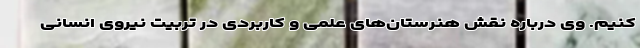
کنیم. وی درباره نقش هنرستان‌های علمی و کاربردی در تربیت نیروی انسانی